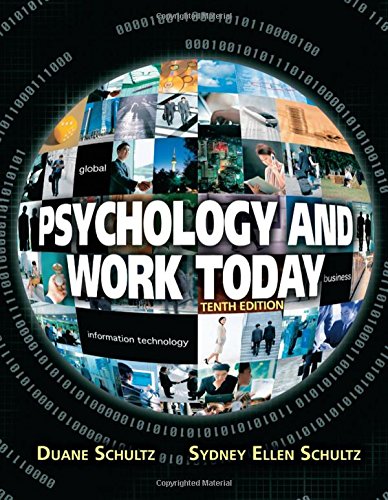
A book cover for Psychology and Work Today, 10th Edition; Duane Schultz; Medical Books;